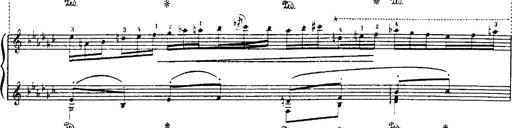
Title: Danza sacra e duetto finale dâ€™Aida
Composer: Franz Liszt